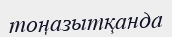
тоңазытқанда